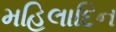
મહિલાદિન